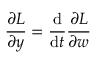
{ \frac { \partial { L } } { \partial y } } = { \frac { \mathrm { d } } { \mathrm { d } t } } { \frac { \partial { L } } { \partial { w } } }